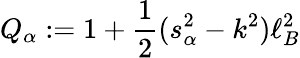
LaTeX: Q_{\alpha}:=1+\frac{1}{2}(s_{\alpha}^{2}-k^{2})\ell_{B}^{2}